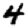
Digit: 4